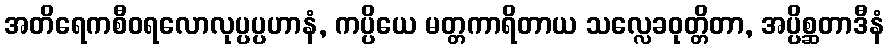
အတိရေကစီဝရလောလုပ္ပပ္ပဟာနံ, ကပ္ပိယေ မတ္တကာရိတာယ သလ္လေခဝုတ္တိတာ, အပ္ပိစ္ဆတာဒီနံ